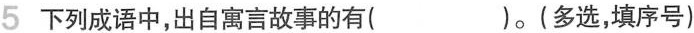
5 下列成语中，出自寓言故事的有( )。(多选，填序号)